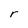
Character: r